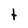
Character: t